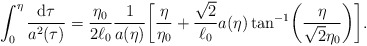
\begin{align*}\int _0^{\eta }\frac{{\rm d}\tau }{a^2({\tau })}= \frac{\eta_0}{2\ell _0}\frac{1}{a(\eta )} \biggl[\frac{\eta }{\eta_0}+\frac{\sqrt{2}}{\ell _0}a(\eta ) \tan ^{-1}\biggl(\frac{\eta}{\sqrt{2}\eta _0}\biggr)\biggr].\end{align*}